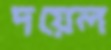
দয়েল